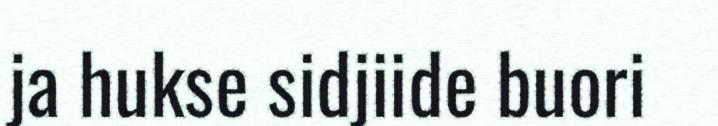
ja hukse sidjiide buori